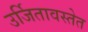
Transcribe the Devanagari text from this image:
उर्जितावस्तेत